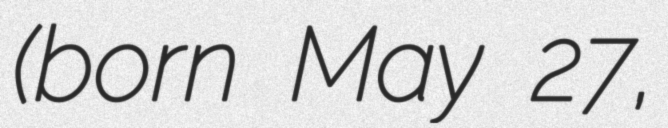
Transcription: (born May 27,